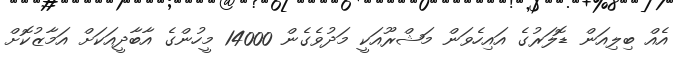
އެއް ބިލިއަން ޑޮލަރުގެ އައިހެވަން މަޝްރޫއަކީ މަދުވެގެން 14000 މީހުންގެ އާބާދީއަކަށް އަމާޒުކޮށް